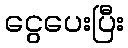
ငွေပေးပြီး